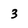
Character: 3